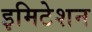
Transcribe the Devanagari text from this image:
इमिटेशन